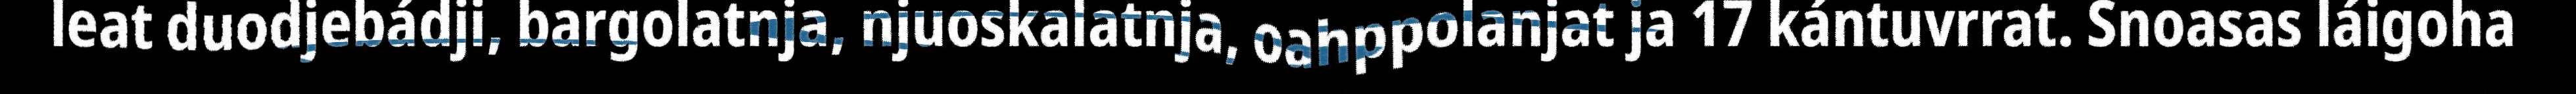
leat duodjebádji, bargolatnja, njuoskalatnja, oahppolanjat ja 17 kántuvrrat. Snoasas láigoha